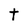
Character: t